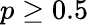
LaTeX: p\geq 0.5